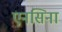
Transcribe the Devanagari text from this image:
एनसिना